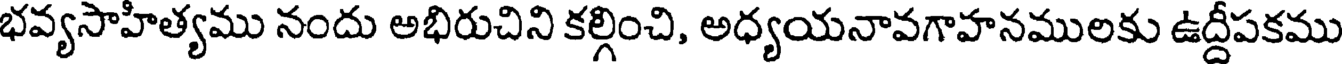
భవ్యసాహిత్యము నందు అభిరుచిని కల్గించి, అధ్యయనావగాహనములకు ఉద్దీపకము